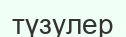
түзулер